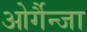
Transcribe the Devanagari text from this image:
ओर्गैन्जा